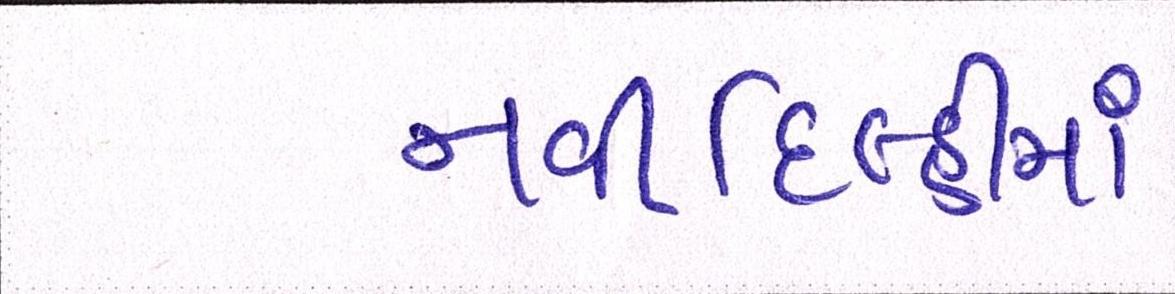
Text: નવીદિલ્હીમાં